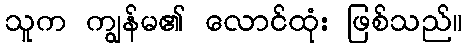
သူက ကျွန်မ၏ လောင်ထုံး ဖြစ်သည်။